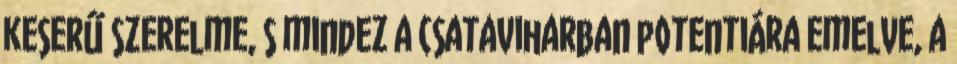
keserű szerelme, s mindez a csataviharban potentiára emelve, a